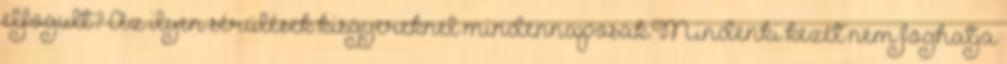
elfogult? Az ilyen sérülések kisgyereknel mindennaposak.Mindenki kezét nem foghatja